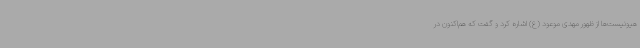
هیونیست‌ها از ظهور مهدی موعود (ع) اشاره کرد و گفت که هم‌اکنون در